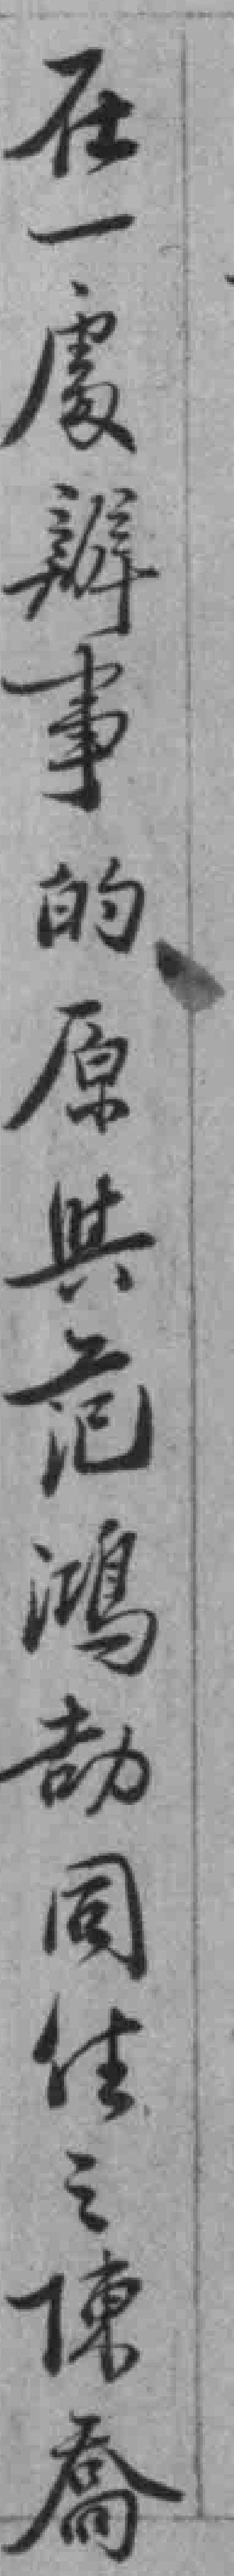
在一處辦事的原與范鴻劼同住之陳喬